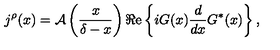
j ^ { \rho } ( x ) = { \cal A } \left( \frac { x } { \delta - x } \right) \Re \mathrm { e } \left\{ i G ( x ) \frac { d } { d x } G ^ { \ast } ( x ) \right\} ,